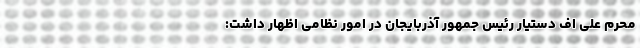
محرم علی اف دستیار رئیس جمهور آذربایجان در امور نظامی اظهار داشت: